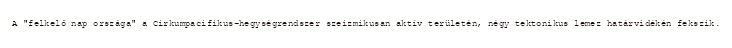
A "felkelő nap országa" a Cirkumpacifikus-hegységrendszer szeizmikusan aktív területén, négy tektonikus lemez határvidékén fekszik.